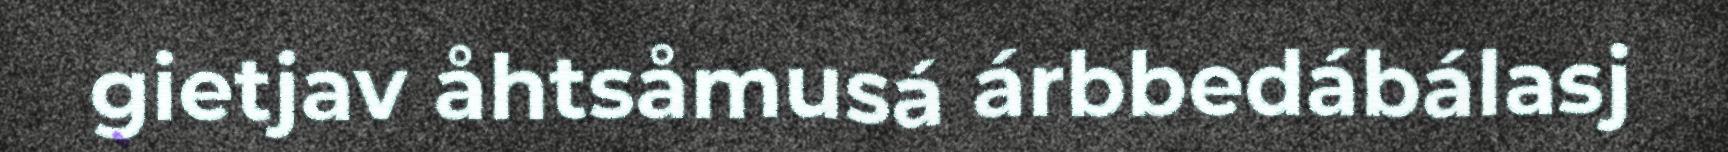
gietjav åhtsåmusá árbbedábálasj